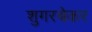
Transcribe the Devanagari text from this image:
शुगरबेकर